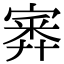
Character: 𡪃